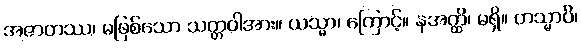
အဇာတဿ၊ မဖြစ်သော သတ္တဝါအား။ ယသ္မာ၊ ကြောင့်။ နအတ္ထိ၊ မရှိ။ တသ္မာပိ၊